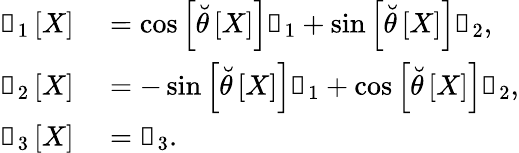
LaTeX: \begin{array}{rl}{\boldsymbol{\mathscr{e}}_{1}\left[X\right]}&{{}=\cos\left[\breve{\theta}\left[X\right]\right]\boldsymbol{\mathscr{x}}_{1}+\sin\left[\breve{\theta}\left[X\right]\right]\boldsymbol{\mathscr{x}}_{2},}\\ {\boldsymbol{\mathscr{e}}_{2}\left[X\right]}&{{}=-\sin\left[\breve{\theta}\left[X\right]\right]\boldsymbol{\mathscr{x}}_{1}+\cos\left[\breve{\theta}\left[X\right]\right]\boldsymbol{\mathscr{x}}_{2},}\\ {\boldsymbol{\mathscr{e}}_{3}\left[X\right]}&{{}=\boldsymbol{\mathscr{x}}_{3}.}\end{array}